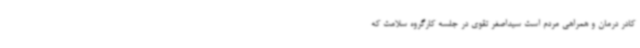
کادر درمان و همراهی مردم است ‌سیداصغر تقوی در جلسه کارگروه سلامت که